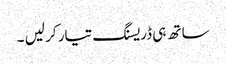
ساتھ ہی ڈریسنگ تیار کر لیں ۔